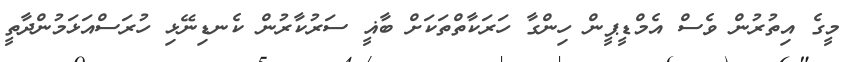
މީގެ އިތުރުން ވެސް އެމްޑީޕީން ހިންގާ ހަރަކާތްތަކަށް ބާޣީ ސަރުކާރުން ކެނޑިނޭޅި ހުރަސްއަޅަމުންދާތީ